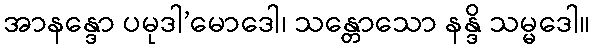
အာနန္ဒော ပမုဒါ’မောဒေါ၊ သန္တောသော နန္ဒိ သမ္မဒေါ။